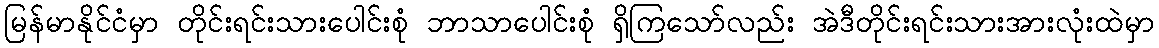
မြန်မာနိုင်ငံမှာ တိုင်းရင်းသားပေါင်းစုံ ဘာသာပေါင်းစုံ ရှိကြသော်လည်း အဲဒီတိုင်းရင်းသားအားလုံးထဲမှာ